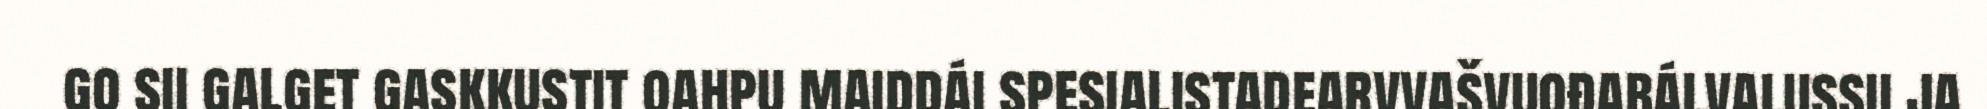
go sii galget gaskkustit oahpu maiddái spesialistadearvvašvuođabálvalussii ja